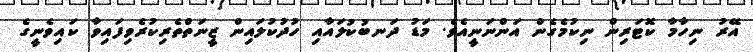
އޭރު ނިހާމާ ކޮޓަރިން ނިކުމެގެން އަންނަނީއެވެ. މަޑު ދަނބުކުލައާއި ހުދުކުލައިން ޒީނަތްތެރިކުރެވިފައިވާ ކައިވެނީގެ